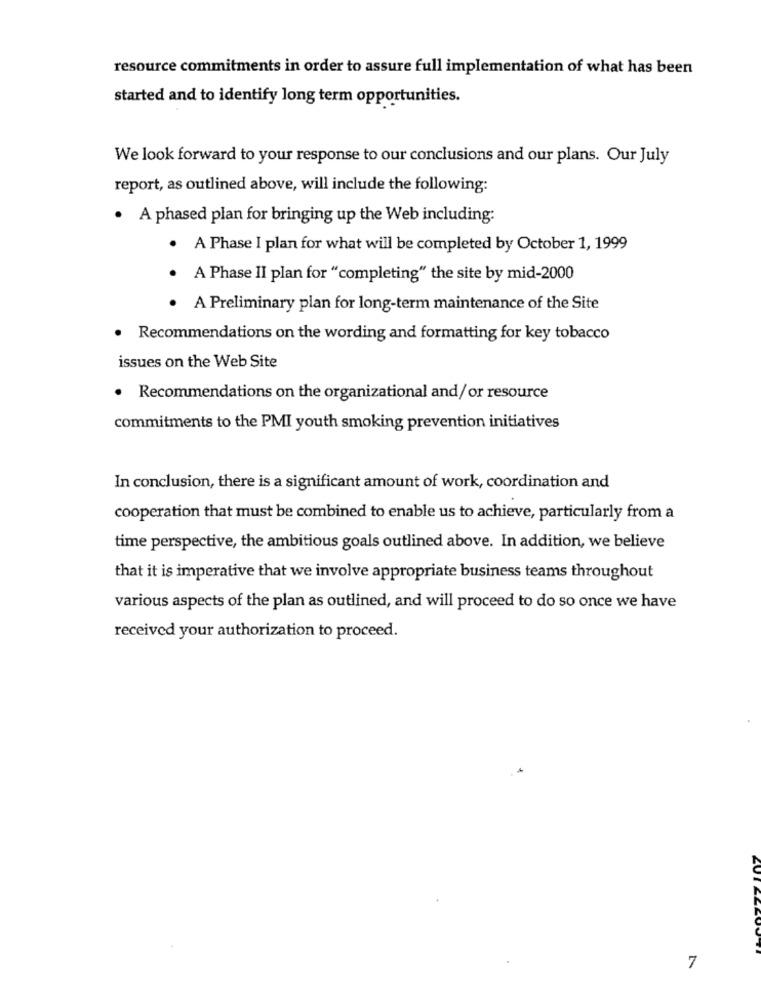
resource commitments in order to assure full implementation of what has been
started and to identify long term opportunities.
We look forward to your response to our conclusions and our plans. Our July
report, as outlined above, will include the following:
· A phased plan for bringing up the Web including:
. A Phase I plan for what will be completed by October 1, 1999
A Phase II plan for "completing" the site by mid-2000
. A Preliminary plan for long-term maintenance of the Site
. Recommendations on the wording and formatting for key tobacco
issues on the Web Site
· Recommendations on the organizational and/ or resource
commitments to the PMI youth smoking prevention initiatives
In conclusion, there is a significant amount of work, coordination and
cooperation that must be combined to enable us to achieve, particularly from a
time perspective, the ambitious goals outlined above. In addition, we believe
that it is imperative that we involve appropriate business teams throughout
various aspects of the plan as outlined, and will proceed to do so once we have
received your authorization to proceed.
7